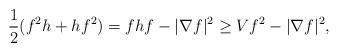
\begin{align*}\frac{1}{2}(f^2 h + hf^2)=fhf-|\nabla f|^2 \ge Vf^2-|\nabla f|^2, \end{align*}